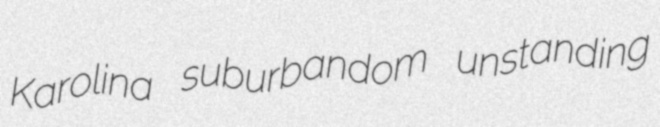
Karolina suburbandom unstanding